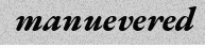
manuevered